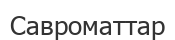
Савроматтар